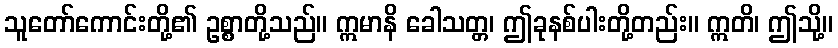
သူတော်ကောင်းတို့၏ ဥစ္စာတို့သည်။ ဣမာနိ ခေါသတ္တ၊ ဤခုနစ်ပါးတို့တည်း။ ဣတိ၊ ဤသို့။